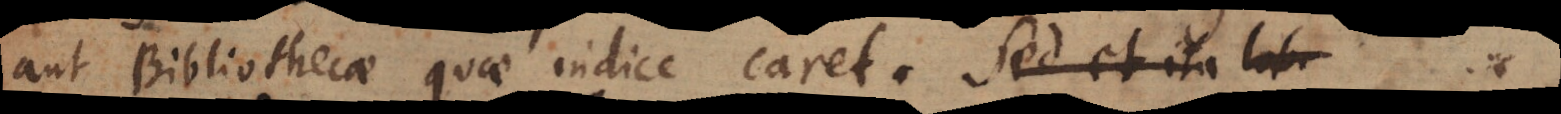
aut Bibliothecae quae indice caret. Sed et ita